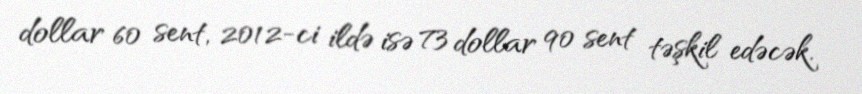
dollar 60 sent, 2012-ci ildə isə 73 dollar 90 sent təşkil edəcək.